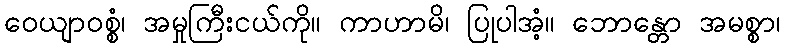
ဝေယျာဝစ္စံ၊ အမှုကြီးငယ်ကို။ ကာဟာမိ၊ ပြုပါအံ့။ ဘောန္တော အမစ္စာ၊